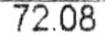
72.08